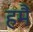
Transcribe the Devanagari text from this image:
हमैं